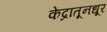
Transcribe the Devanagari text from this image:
केंद्रातूनधूर